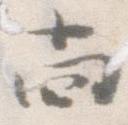
尚